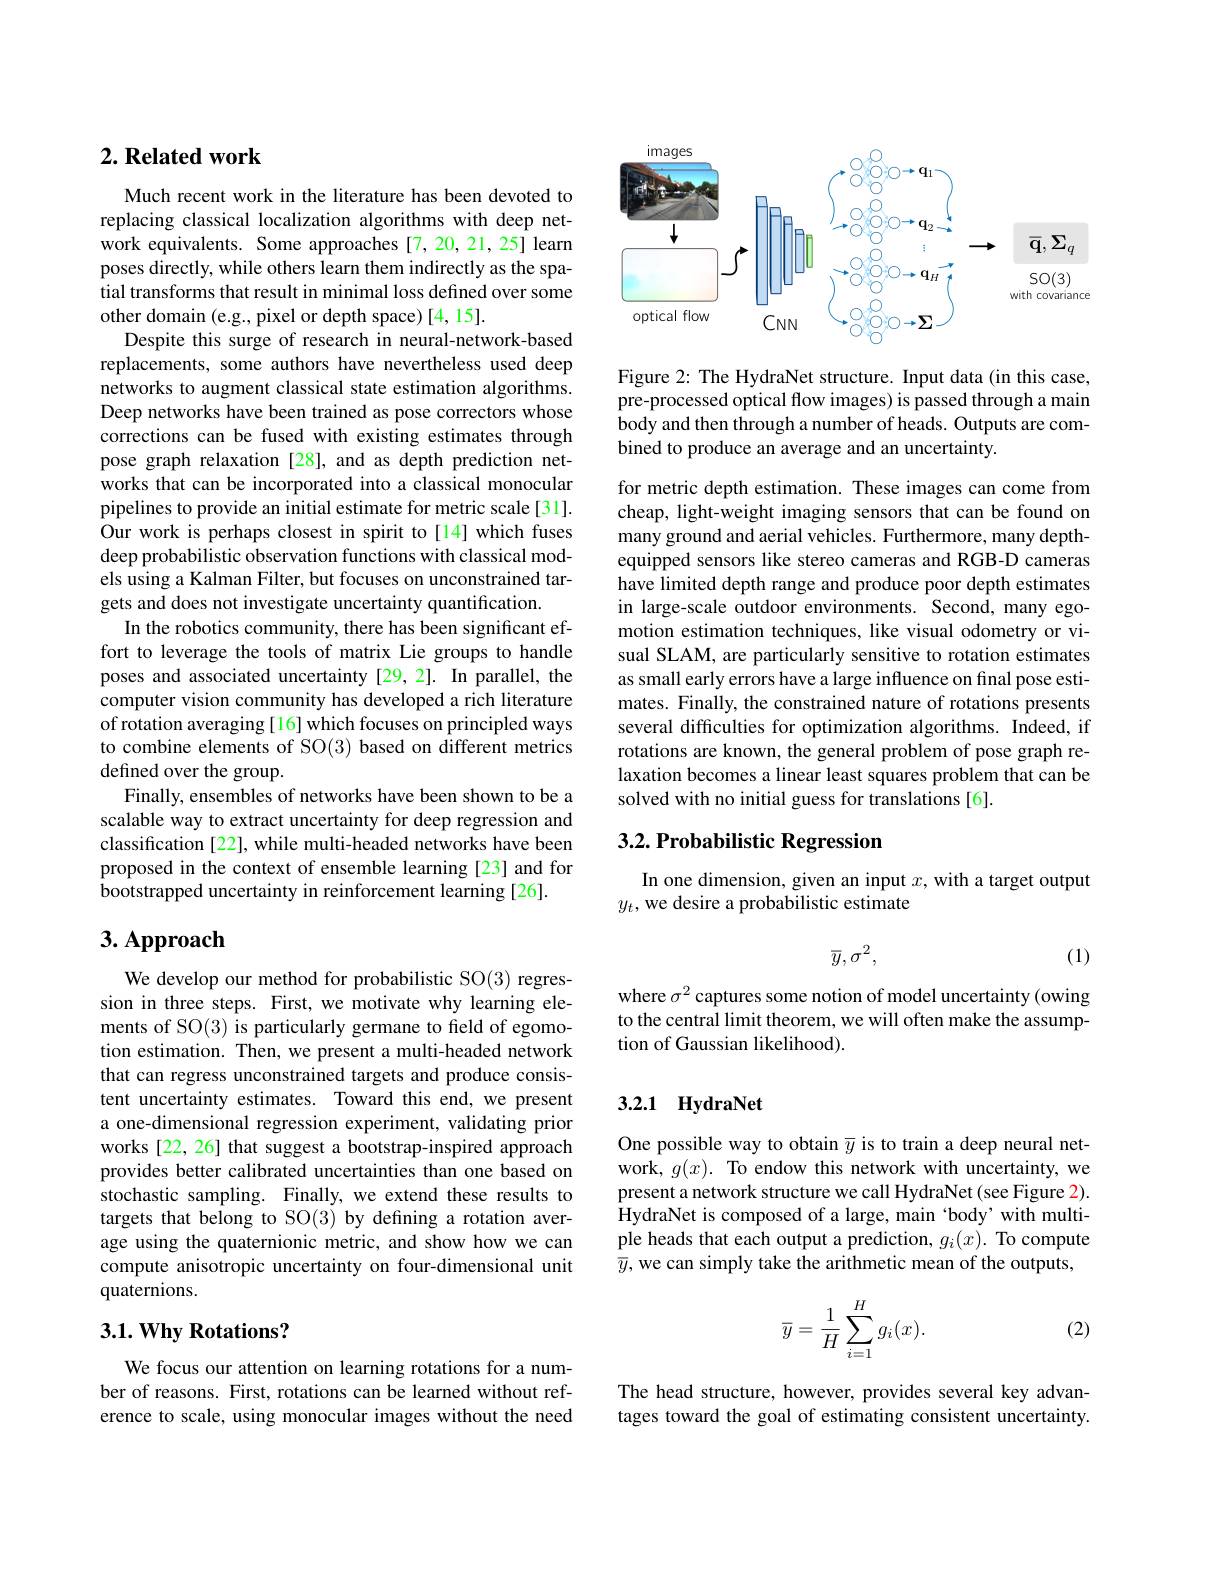
## $2. \textbf{Related work}$

Much recent work in the literature has been devoted to replacing classical localization algorithms with deep network equivalents. Some approaches [7,20,21,25] learn poses directly, while others learn them indirectly as the spatial transforms that result in minimal loss defined over some other domain (e.g., pixel or depth space)[4,15].
Despite this surge of research in neural-network-based replacements, some authors have nevertheless used deep networks to augment classical state estimation algorithms. Deep networks have been trained as pose correctors whose corrections can be fused with existing estimates through pose graph relaxation [28], and as depth prediction networks that can be incorporated into a classical monocular pipelines to provide an initial estimate for metric scale [31]. Our work is perhaps closest in spirit to[14] which fuses deep probabilistic observation functions with classical models using a Kalman Filter, but focuses on unconstrained targets and does not investigate uncertainty quantification.
In the robotics community, there has been significant effort to leverage the tools of matrix Lie groups to handle poses and associated uncertainty [29,2]. In parallel, the computer vision community has developed a rich literature of rotation averaging [16] which focuses on principled ways to combine elements of SO(3) based on different metrics defined over the group.
Finally, ensembles of networks have been shown to be a scalable way to extract uncertainty for deep regression and classification [22], while multi-headed networks have been proposed in the context of ensemble learning [23] and for bootstrapped uncertainty in reinforcement learning [26].

## 3. Approach

We develop our method for probabilistic SO(3) regression in three steps. First, we motivate why learning elements of SO(3) is particularly germane to field of egomotion estimation. Then, we present a multi-headed network that can regress unconstrained targets and produce consistent uncertainty estimates. Toward this end, we present a one-dimensional regression experiment, validating prior works [22, 26] that suggest a bootstrap-inspired approach provides better calibrated uncertainties than one based on stochastic sampling. Finally, we extend these results to targets that belong to SO(3) by defining a rotation average using the quaternionic metric, and show how we can compute anisotropic uncertainty on four-dimensional unit quaternions.

## $3. 1. \textbf{Why Rotations? }$

We focus our attention on learning rotations for a number of reasons. First, rotations can be learned without reference to scale, using monocular images without the need

<FigureHere>

Figure 2: The HydraNet structure. Input data (in this case, pre-processed optical flow images) is passed through a main body and then through a number of heads. Outputs are combined to produce an average and an uncertainty.

for metric depth estimation. These images can come from cheap, light-weight imaging sensors that can be found on many ground and aerial vehicles. Furthermore, many depthequipped sensors like stereo cameras and RGB-D cameras have limited depth range and produce poor depth estimates in large-scale outdoor environments. Second, many egomotion estimation techniques, like visual odometry or visual SLAM, are particularly sensitive to rotation estimates as small early errors have a large influence on final pose estimates. Finally, the constrained nature of rotations presents several difficulties for optimization algorithms. Indeed, if rotations are known, the general problem of pose graph relaxation becomes a linear least squares problem that can be solved with no initial guess for translations [6].

## $3. 2. \textbf{Probabilistic Regression}$

In one dimension, given an input $x$, with a target output
$y_t$, we desire a probabilistic estimate
$$\overline{y},\sigma^2,$$
(1)

where $\sigma^2$ captures some notion of model uncertainty (owing to the central limit theorem, we will often make the assumption of Gaussian likelihood).

### 3.2.1 HydraNet

One possible way to obtain $\overline{y}$ is to train a deep neural network, $g(x).$ To endow this network with uncertainty, we present a network structure we call HydraNet (see Figure 2). $\hat{\text{HydraNet is composed of a large, main 'body' with multi-}}$ ple heads that each output a prediction, $g_i(x).$ To compute $\overline{y}$, we can simply take the arithmetic mean of the outputs,
$$\overline{y}=\dfrac{1}{H}\sum_{i=1}^{H}g_{i}(x).$$
(2)

The head structure, however, provides several key advantages toward the goal of estimating consistent uncertainty.